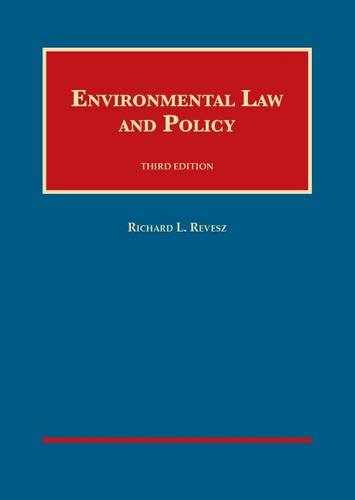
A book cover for Environmental Law and Policy (University Casebook Series); Richard Revesz; Law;